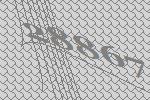
28867